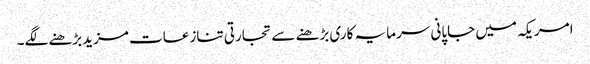
امریکہ میں جاپانی سرمایہ کاری بڑھنے سے تجارتی تنازعات مزیدبڑھنے لگے۔